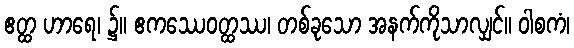
ဧတ္ထ ဟာရေ၊ ၌။ ဧကဿေဝတ္ထဿ၊ တစ်ခုသော အနက်ကိုသာလျှင်။ ဝါစကံ၊